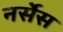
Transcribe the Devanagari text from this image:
नर्सेस